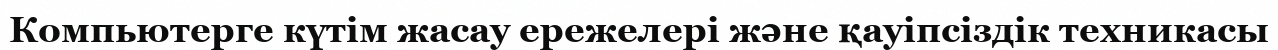
Компьютерге күтім жасау ережелері және қауіпсіздік техникасы